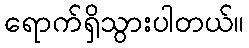
ရောက်ရှိသွားပါတယ်။